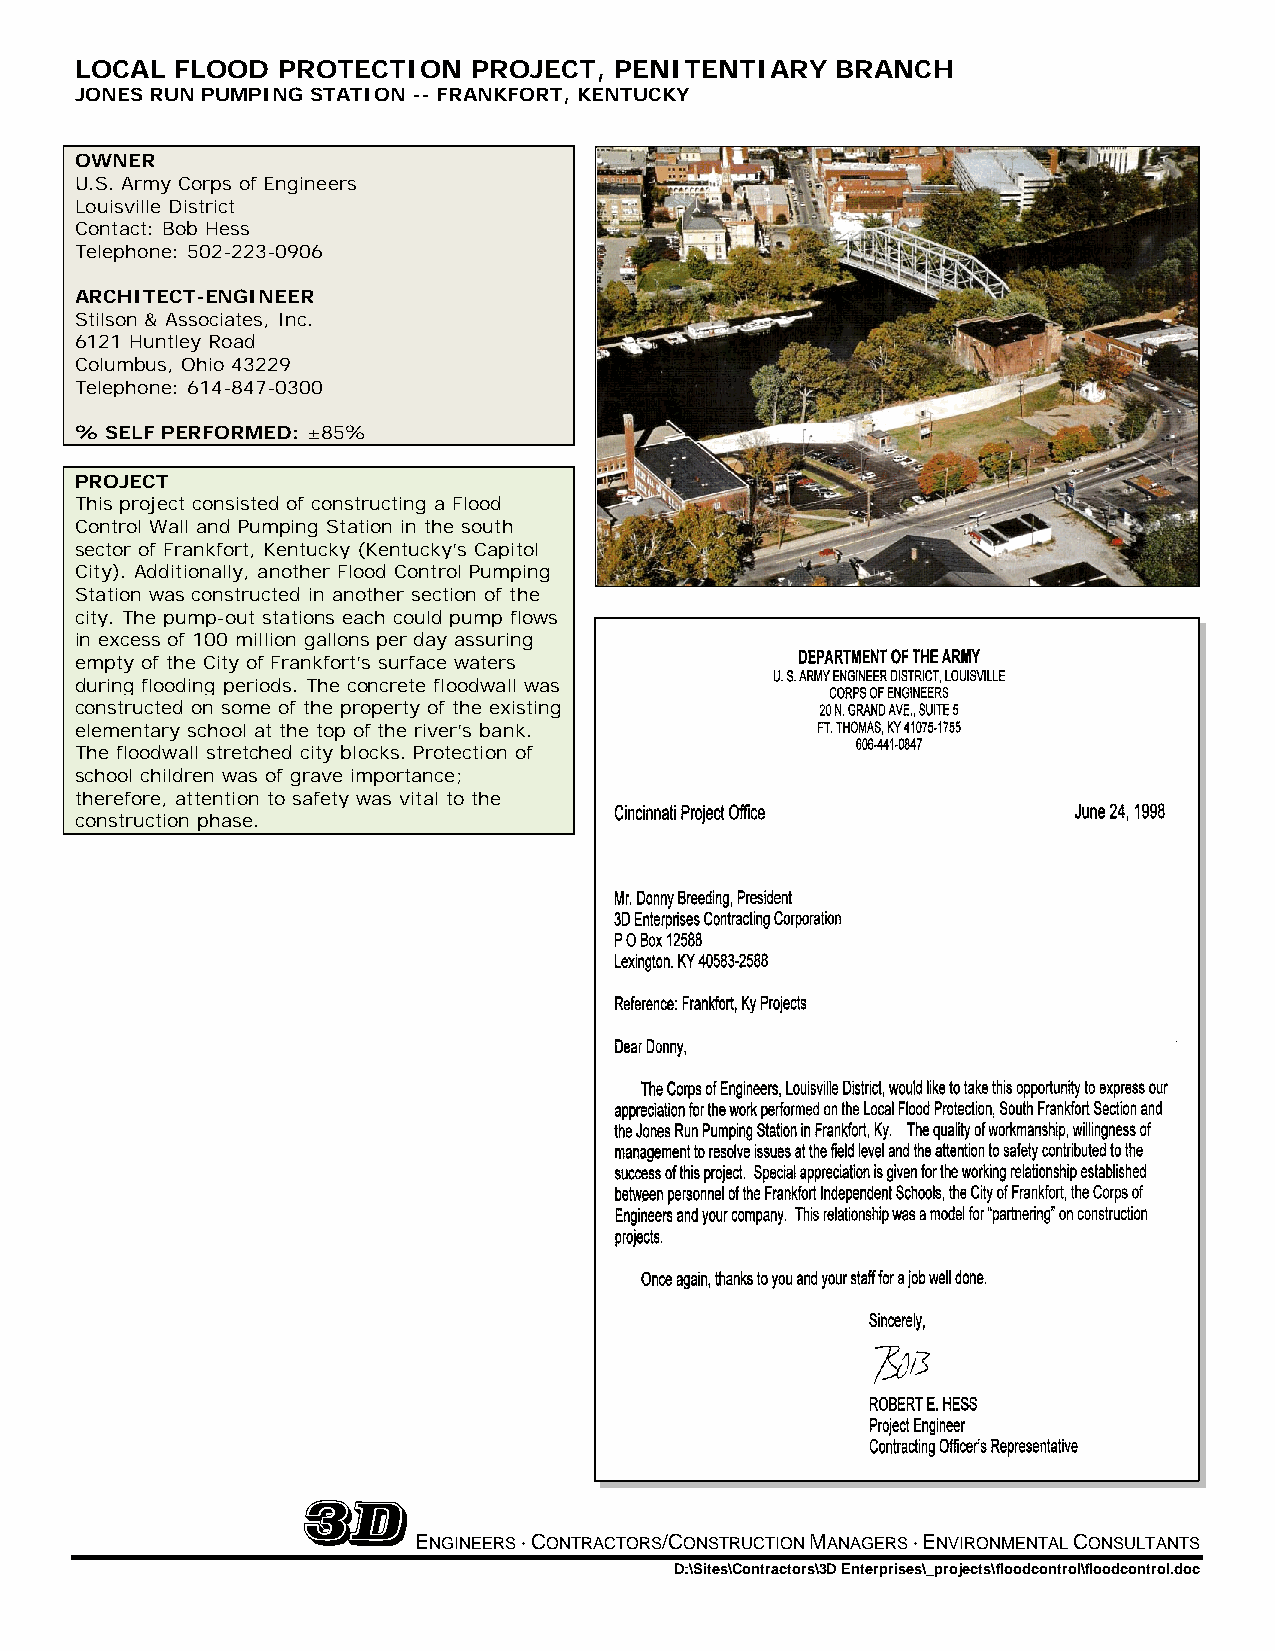
LOCAL  FLOOD PROTECTION   PROJECT,  PENITENTIARY  BRANCH
 JONES RUN PUMPING STATION -- FRANKFORT, KENTUCKY
 OWNER
 U.S. Army Corps of Engineers
 Louisville District
 Contact: Bob Hess
 Telephone: 502-223-0906
 ARCHITECT-ENGINEER
 Stilson & Associates, Inc.
 6121 Huntley Road
 Columbus, Ohio 43229
 Telephone: 614-847-0300
 % SELF PERFORMED: ±85%
 PROJECT
 This project consisted of constructing a Flood
 Control Wall and Pumping Station in the south
 sector of Frankfort, Kentucky (Kentucky’s Capitol
 City). Additionally, another Flood Control Pumping
 Station was constructed in another section of the
 city. The pump-out stations each could pump flows
 in excess of 100 million gallons per day assuring
 empty of the City of Frankfort’s surface waters
 during flooding periods. The concrete floodwall was
 constructed on some of the property of the existing
 elementary school at the top of the river’s bank.
 The floodwall stretched city blocks. Protection of
 school children was of grave importance;
 therefore, attention to safety was vital to the
 construction phase.
 ENGINEERS ⋅ CONTRACTORS/CONSTRUCTION MANAGERS ⋅ ENVIRONMENTAL CONSULTANTS
 D:\Sites\Contractors\3D Enterprises\_projects\floodcontrol\floodcontrol.doc